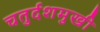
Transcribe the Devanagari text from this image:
चतुर्दशमुखी